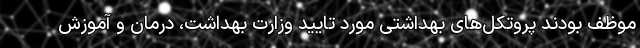
موظف بودند پروتکل‌های بهداشتی مورد تایید وزارت بهداشت، درمان و آموزش